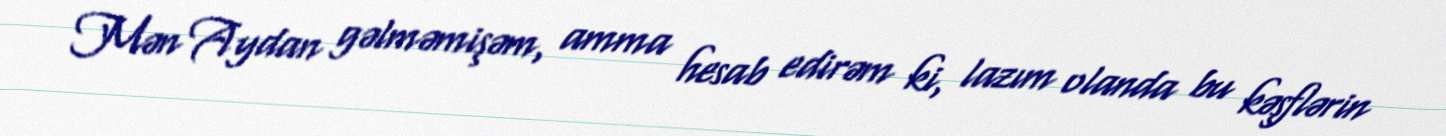
Mən Aydan gəlməmişəm, amma hesab edirəm ki, lazım olanda bu kəşflərin